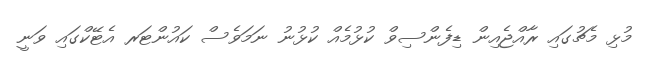
މުޅި މެޗުގައި ރާއްޖެއިން ޑިފެންސިވް ކުޅުމެއް ކުޅުނު ނަމަވެސް ކައުންޓަރ އެޓޭކްގައި ވަނީ